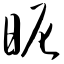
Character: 昵